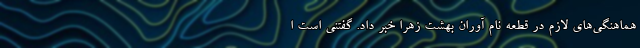
هماهنگی‌های لازم در قطعه نام آوران بهشت زهرا خبر داد. گفتنی است ا